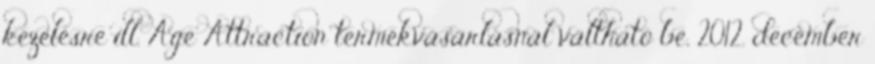
kezelésre ill. Age Attraction termékvásárlásnál váltható be, 2012. december